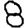
Digit: 8